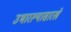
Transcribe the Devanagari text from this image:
उभारल्यासारखे